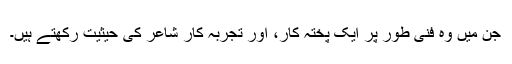
جن میں وہ فنی طور پر ایک پختہ کار، اور تجربہ کار شاعر کی حیثیت رکھتے ہیں۔